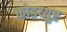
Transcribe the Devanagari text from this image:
कोडय्युर